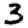
Digit: 3